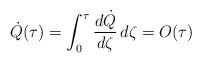
\begin{align*}\dot Q(\tau) = \int_0^\tau \frac{d \dot Q}{d \zeta} \, d\zeta = O(\tau)\end{align*}